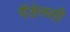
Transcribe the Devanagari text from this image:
पैंडेनसी